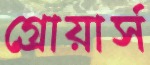
গ্রোয়ার্স